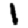
Digit: 1